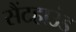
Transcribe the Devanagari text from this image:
सैंटहाउंड